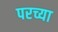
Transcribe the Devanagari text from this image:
परच्या